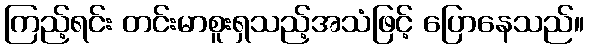
ကြည့်ရင်း တင်းမာစူးရှသည့်အသံဖြင့် ပြောနေသည်။